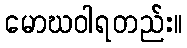
မောဃဝါရတည်း။